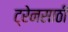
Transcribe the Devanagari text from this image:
ट्रेनसाठी